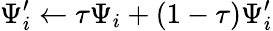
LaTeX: \Psi_{i}^{\prime}\leftarrow\tau\Psi_{i}+(1-\tau)\Psi_{i}^{\prime}